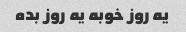
یه روز خوبه یه روز بده